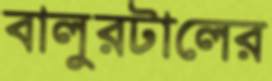
বালুরটালের